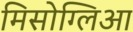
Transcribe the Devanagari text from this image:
मिसोग्लिआ